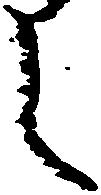
し